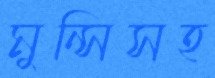
মুন্সিসহ